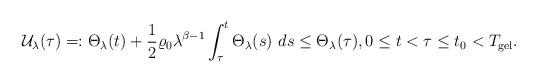
LaTeX: \begin{align*}\mathcal{U}_{\lambda}(\tau)=:\Theta_{\lambda}(t)+\frac{1}{2}\varrho_{0}\lambda^{\beta-1}\int_{\tau}^{t}\Theta_{\lambda}(s)\ ds\leq \Theta_{\lambda}(\tau),0\leq t<\tau\leq t_{0}<T_{\mathrm{gel}}.\end{align*}